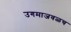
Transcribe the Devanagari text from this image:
उगमाजवळच